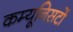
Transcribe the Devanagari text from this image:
कम्यूनिसटों